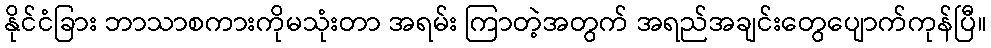
နိုင်ငံခြား ဘာသာစကားကိုမသုံးတာ အရမ်း ကြာတဲ့အတွက် အရည်အချင်းတွေပျောက်ကုန်ပြီ။